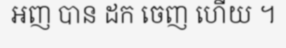
អញ បាន ដក ចេញ ហើយ ។